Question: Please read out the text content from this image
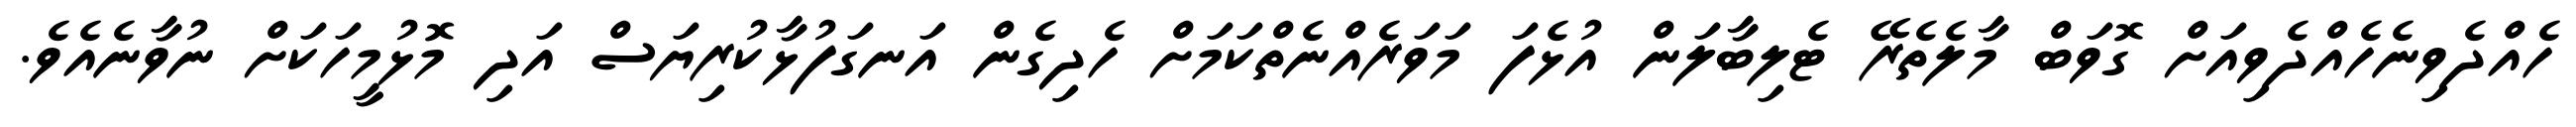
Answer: ހެއްދެވިނެހެއްދެވިއަށް ގޮވަބް މާލެތެރޭ ޓެލިބާލަން އުޅެފަ މަވަރެއްނެތްކަމަށް ހެދިގެން އަނގަފުޅާކުރިޔަސް އަދި މޮޅުމީހަކަށް ނުވާނެއެވެ.